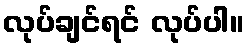
လုပ်ချင်ရင် လုပ်ပါ။